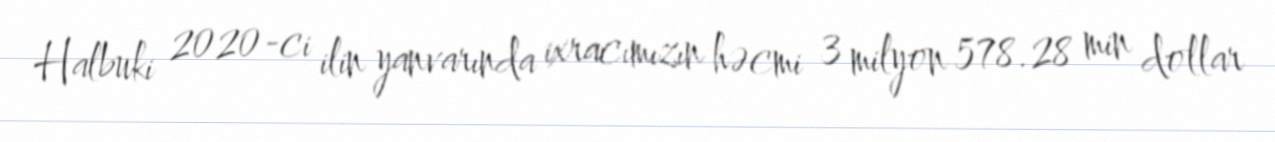
Halbuki 2020-ci ilin yanvarında ixracımızın həcmi 3 milyon 578.28 min dollar